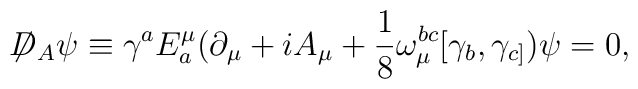
\not{\! \! D}_{A} \psi \equiv \gamma^{a} E^{\mu}_{a}(\partial_{\mu}+iA_{\mu}+\frac{1}{8}\omega^{bc}_{\mu}[\gamma_{b},\gamma_{c]})\psi=0,